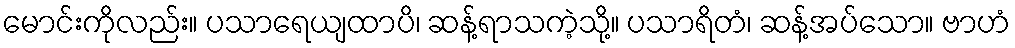
မောင်းကိုလည်း။ ပသာရေယျထာပိ၊ ဆန့်ရာသကဲ့သို့။ ပသာရိတံ၊ ဆန့်အပ်သော။ ဗာဟံ